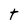
Character: t